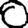
Digit: 0